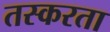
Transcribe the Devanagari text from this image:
तस्करता